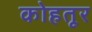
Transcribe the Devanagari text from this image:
कोहतूर